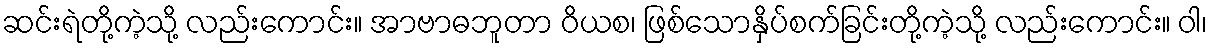
ဆင်းရဲတို့ကဲ့သို့ လည်းကောင်း။ အာဗာဓဘူတာ ဝိယစ၊ ဖြစ်သောနှိပ်စက်ခြင်းတို့ကဲ့သို့ လည်းကောင်း။ ဝါ၊